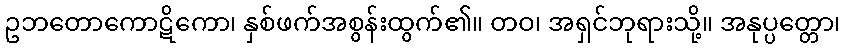
ဥဘတောကောဋိကော၊ နှစ်ဖက်အစွန်းထွက်၏။ တဝ၊ အရှင်ဘုရားသို့။ အနုပ္ပတ္တော၊